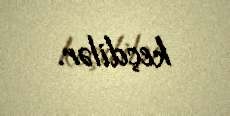
keçdilər.